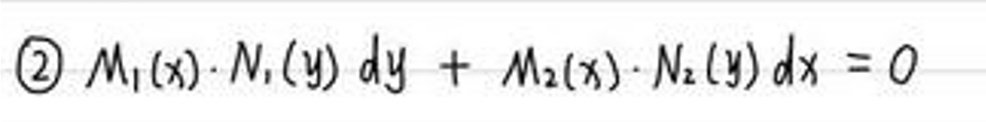
\textcircled{2} \( M_1(x) \cdot N_1(y) \, dy + M_2(x) \cdot N_2(y) \, dx = 0 \)